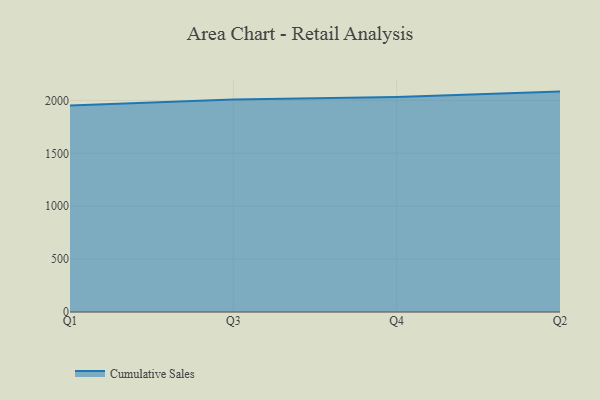
{"axis": {"x": "Quarter", "y": "Backlog"}, "legend": ["Cumulative Sales"], "data": [{"x": "Q1", "y": 1951.3, "type": "Cumulative Sales"}, {"x": "Q3", "y": 2008.8, "type": "Cumulative Sales"}, {"x": "Q4", "y": 2032.8, "type": "Cumulative Sales"}, {"x": "Q2", "y": 2083.3, "type": "Cumulative Sales"}]}